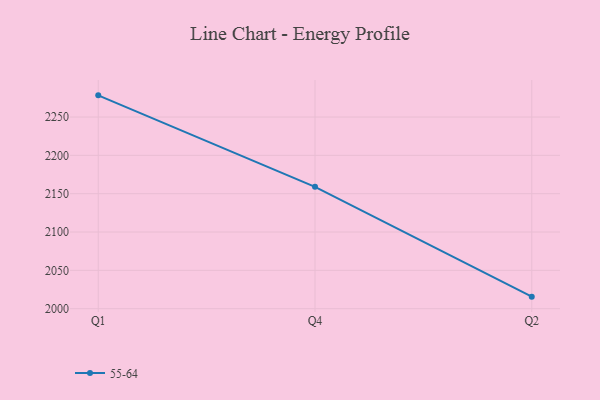
{"axis": {"x": "Quarter", "y": "Satisfaction Score"}, "legend": ["55-64"], "data": [{"x": "Q1", "y": 2278.3, "type": "55-64"}, {"x": "Q4", "y": 2159.0, "type": "55-64"}, {"x": "Q2", "y": 2015.7, "type": "55-64"}]}